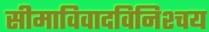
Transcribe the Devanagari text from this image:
सीमाविवादविनिश्चय